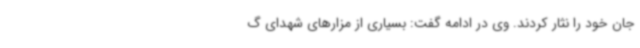
جان خود را نثار کردند. وی در ادامه گفت: بسیاری از مزارهای شهدای گ